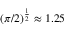
( \pi / 2 ) ^ { \frac { 1 } { 2 } } \approx 1 . 2 5